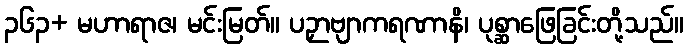
၃၆၃+ မဟာရာဇ၊ မင်းမြတ်။ ပဉှာဗျာကရဏာနိ၊ ပုစ္ဆာဖြေခြင်းတို့သည်။